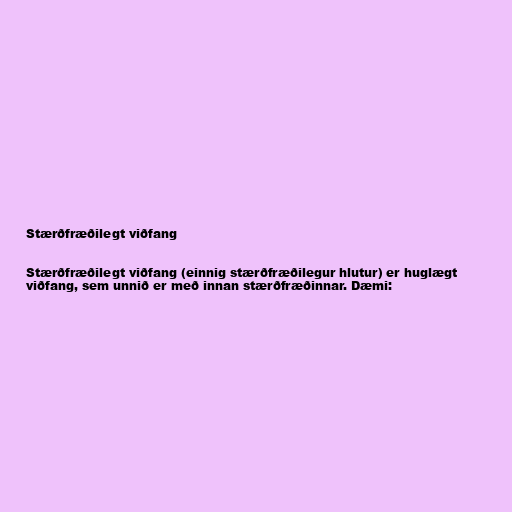
Stærðfræðilegt viðfang

Stærðfræðilegt viðfang (einnig stærðfræðilegur hlutur) er huglægt
viðfang, sem unnið er með innan stærðfræðinnar. Dæmi: